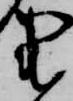
衛